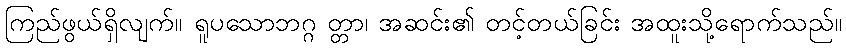
ကြည်ဖွယ်ရှိလျက်။ ရူပသောဘဂ္ဂ တ္တာ၊ အဆင်း၏ တင့်တယ်ခြင်း အထူးသို့ရောက်သည်။